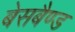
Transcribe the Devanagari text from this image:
बेसबैण्ड